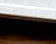
فتياتك